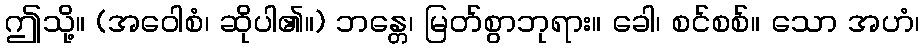
ဤသို့။ (အဝေါစံ၊ ဆိုပါ၏။) ဘန္တေ၊ မြတ်စွာဘုရား။ ခေါ၊ စင်စစ်။ သော အဟံ၊